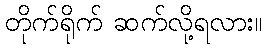
တိုက်ရိုက် ဆက်လို့ရလား။